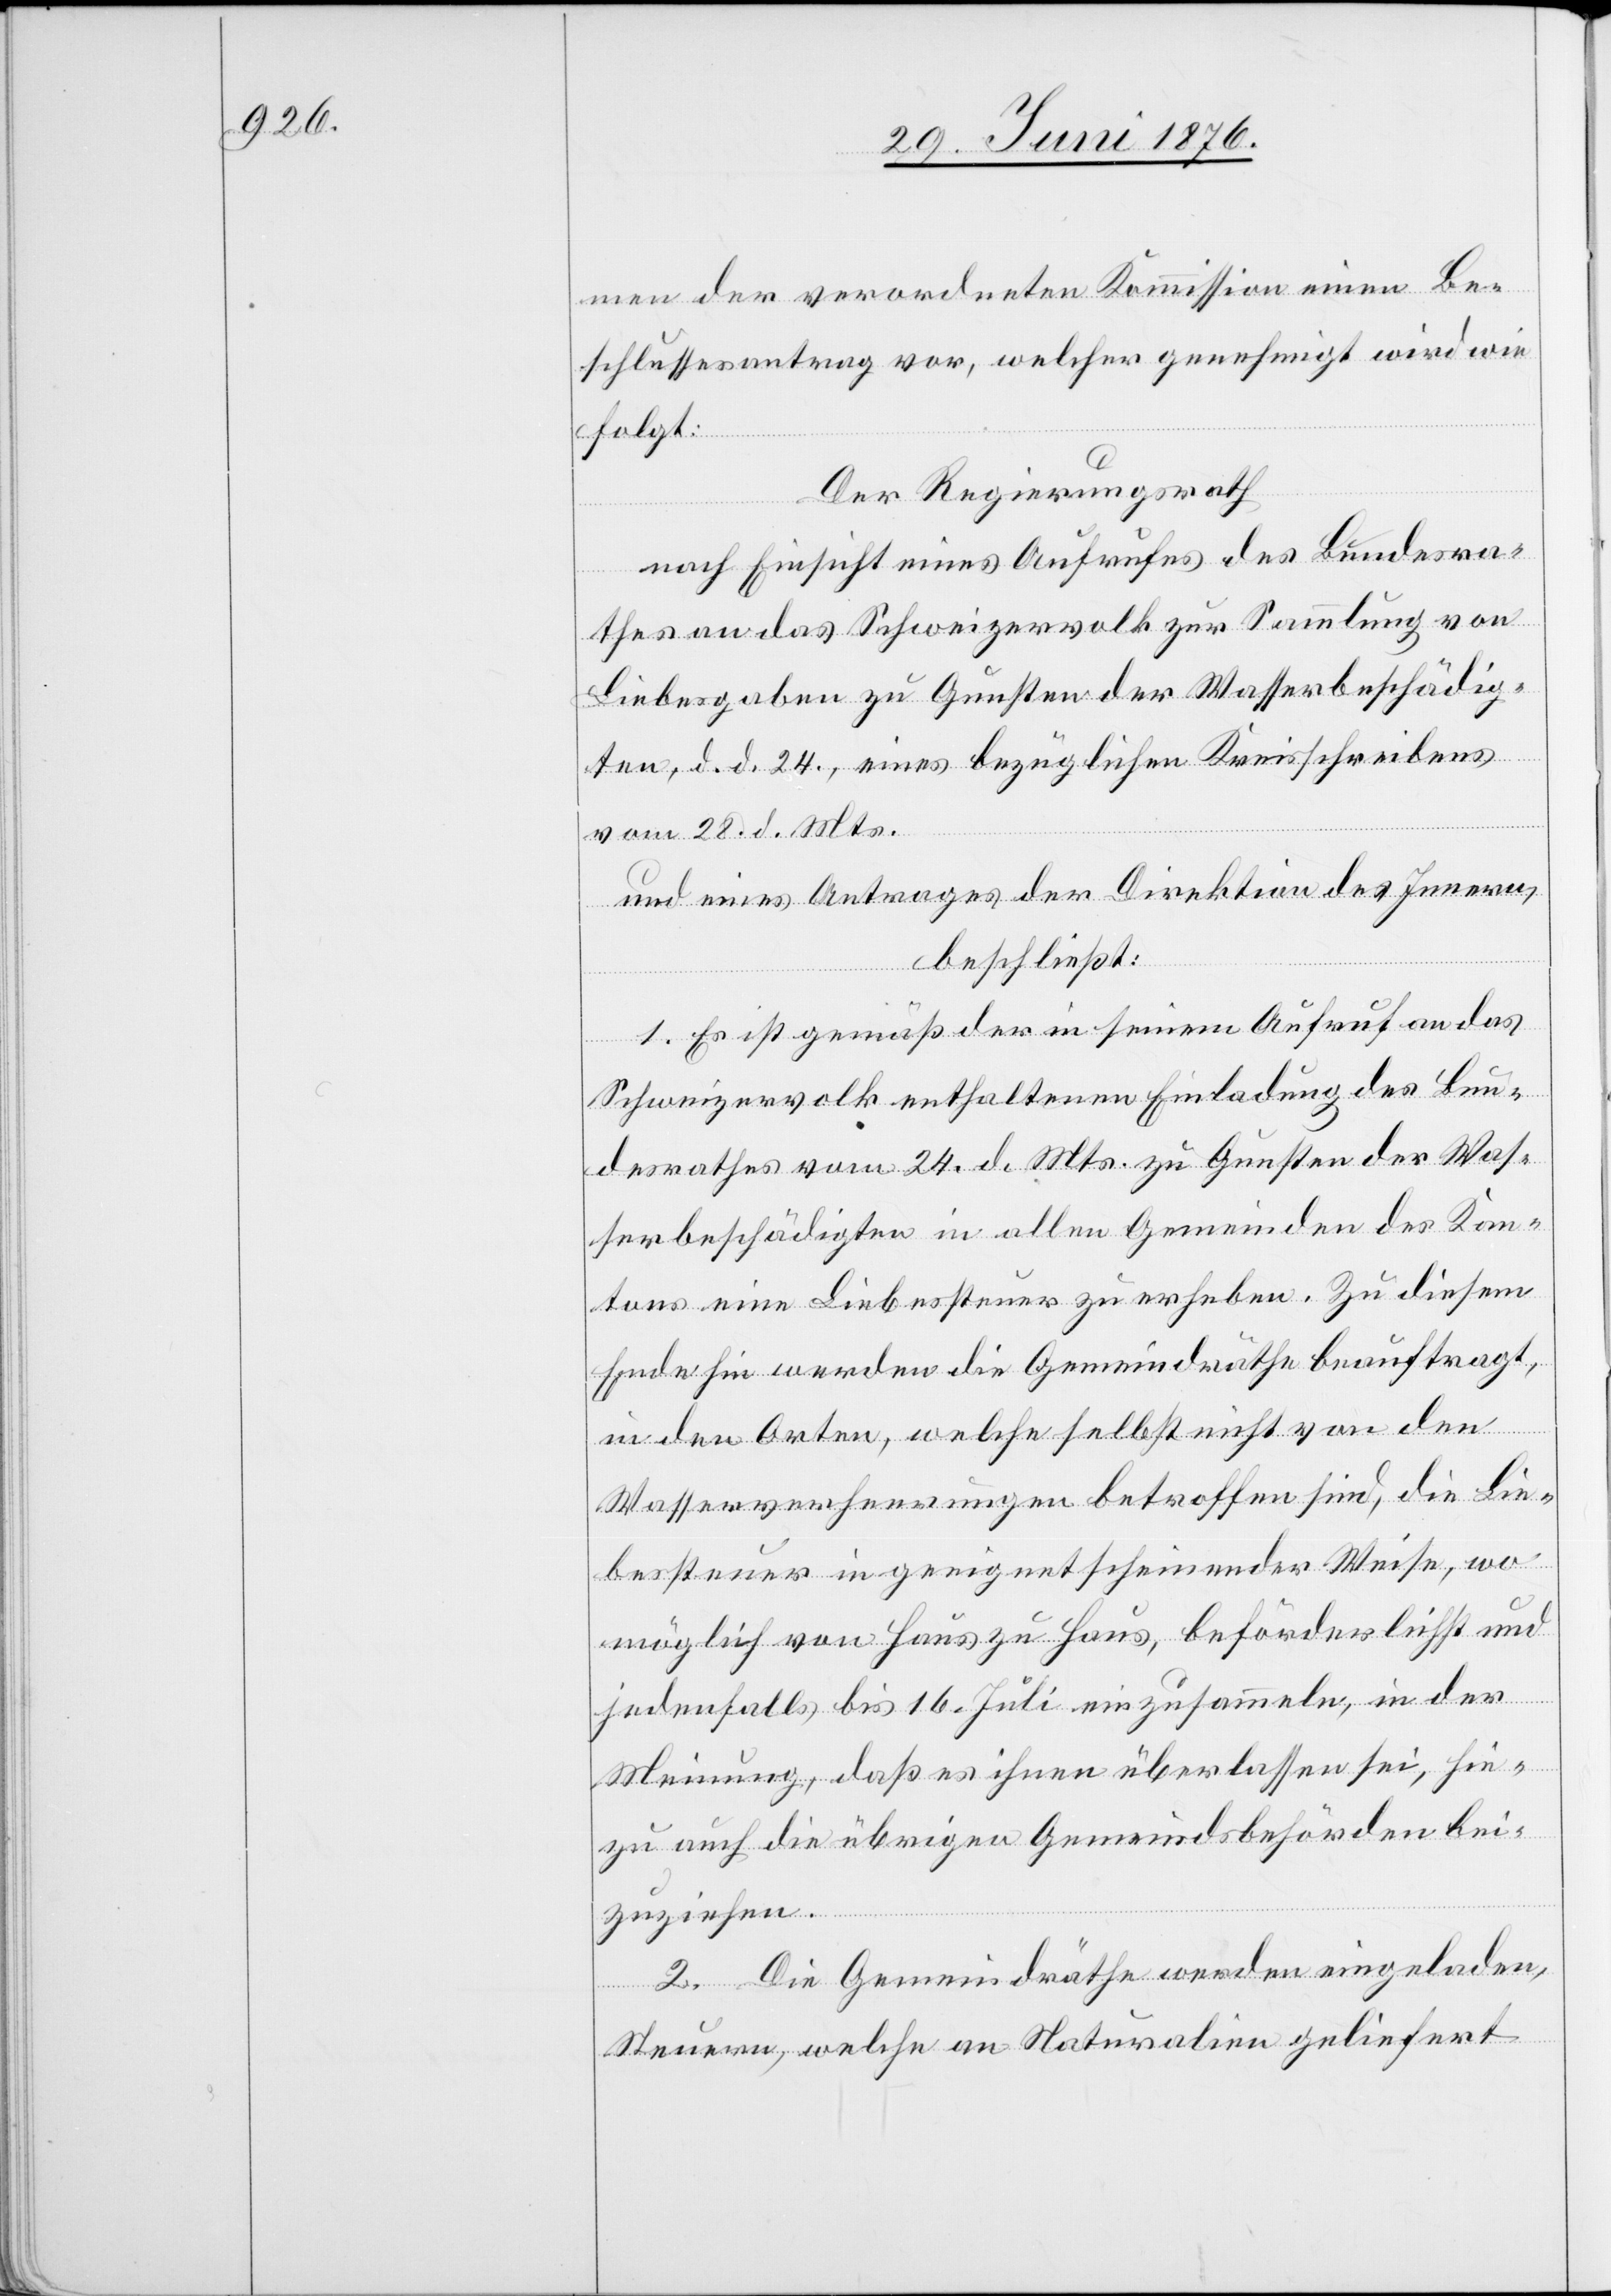
men der verordneten Kommission einen Be¬
schlussesantrag vor, welcher genehmigt wird wie
folgt:
Der Regierungsrath
nach Einsicht eines Aufrufes des Bundesra¬
thes an das Schweizervolk zur Sammlung von
Liebesgaben zu Gunsten der Wasserbeschädig¬
ten, d. d. 24., eines bezüglichen Kreisschreibens
vom 28. d. Mts.
und eines Antrages der Direktion des Innern,
beschließt:
1. Es ist gemäß der in seinem Aufruf an das
Schweizervolk enthaltenen Einladung des Bun¬
desrathes vom 24. d. Mts. zu Gunsten der Was¬
serbeschädigten in allen Gemeinden des Kan¬
tons eine Liebessteuer zu erheben. Zu diesem
Ende hin werden die Gemeindräthe beauftragt,
in den Orten, welche selbst nicht von den
Wasserverheerungen betroffen sind, die Lie¬
bessteuer in geeignet scheinender Weise, wo¬
möglich von Haus zu Haus, beförderlichst und
jedenfalls bis 16. Juli einzusammeln, in der
Meinung, daß es ihnen überlassen sei, hie¬
zu auch die übrigen Gemeindsbehörden bei¬
zuziehen.
2. Die Gemeindräthe werden eingeladen,
Steuern, welche an Naturalien geliefert